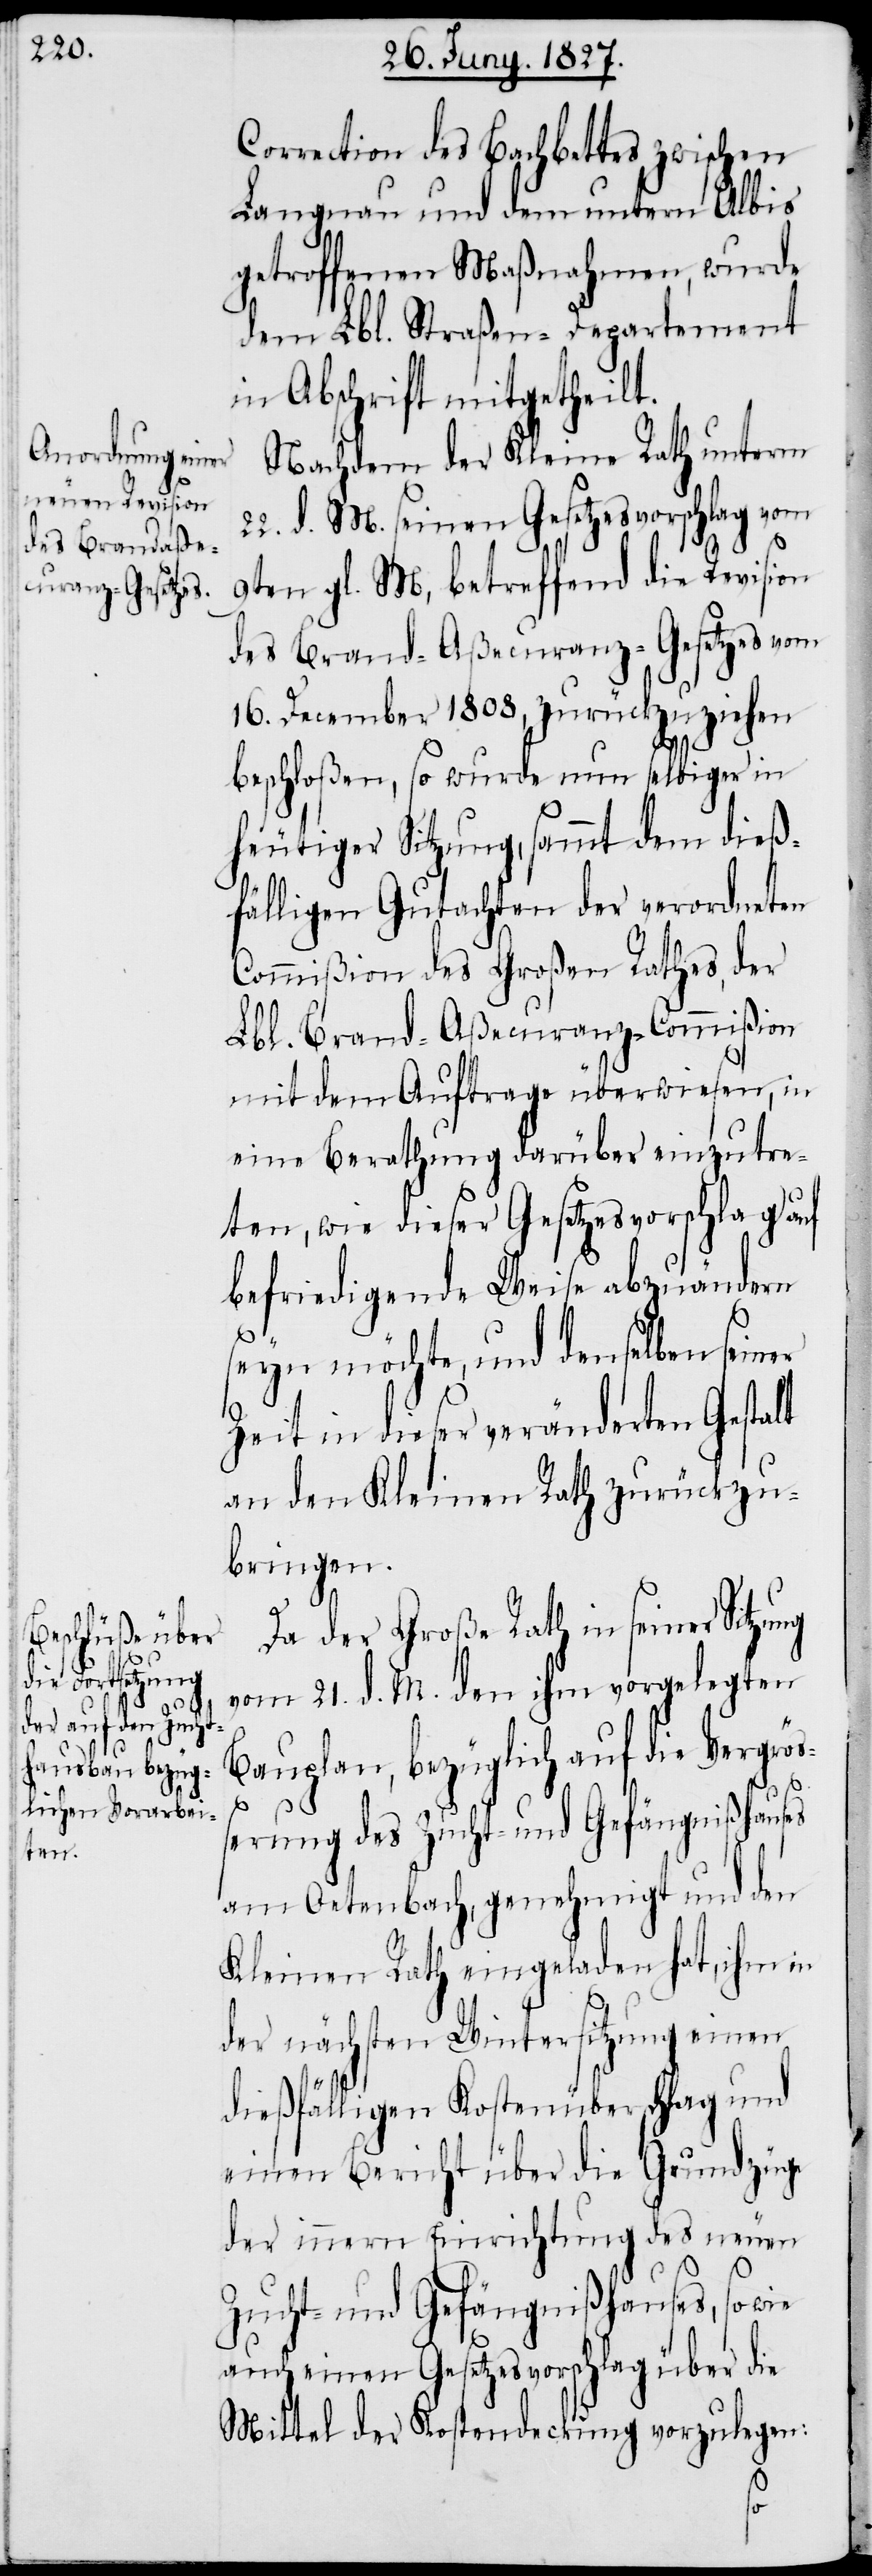
Correction des Bachbettes zwischen
Langnau und dem untern Albis
getroffenen Maßnahmen, wurde
dem Lbl. Straßen-Departement
in Abschrift mitgetheilt.
Nachdem der Kleine Rath unterm
22. d. M. seinen Gesetzesvorschlag vom
9ten gl. M, betreffend die Revision
des Brand-Aßecuranz-Gesetzes vom
16. December 1808, zurückzuziehen
beschloßen, so wurde nun selbiger in
heutiger Sitzung, sammt dem dieß¬
fälligen Gutachten der verordneten
Commißion des Großen Rathes, der
Lbl. Brand-Aßecuranz-Commißion
mit dem Auftrage überwiesen, in
eine Berathung darüber einzutre¬
ten, wie dieser Gesetzesvorschlag auf
befriedigende Weise abzuändern
seyn möchte, und denselben seiner
Zeit in dieser veränderten Gestalt
an den Kleinen Rathe zurückzu¬
bringen.
Da der Große Rath in seiner Sitzung
vom 21. d. M. den ihm vorgelegten
Bauplan, bezüglich auf die Vergrö¬
ßerung des Zucht- und Gefängnißhauses
am Oetenbach, genehmigt und den
Kleinen Rath eingeladen hat, ihm in
der nächsten Wintersitzung einen
dießfälligen Kostenüberschlag und
einen Bericht über die Grundzüge
der innern Einrichtung des neuen
Zucht- und Gefängnißhauses, so wie
auch einen Gesetzesvorschlag über die
Mittel der Kostendeckung vorzulegen: